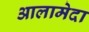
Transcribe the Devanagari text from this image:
आलामेदा